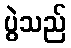
ပွဲသည်